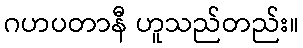
ဂဟပတာနီ ဟူသည်တည်း။